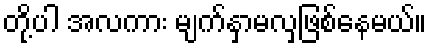
တို့ပါ အလကား မျက်နှာမလှဖြစ်နေမယ်။